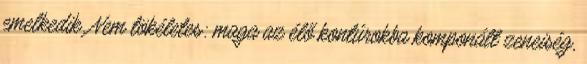
emelkedik. Nem tökéletes: maga az élő kontúrokba komponált zeneiség,